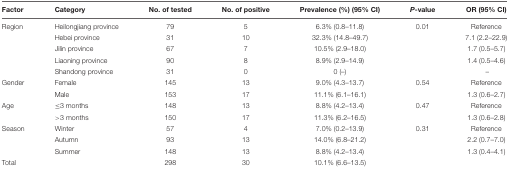
<table><thead><tr><td><b>Factor</b></td><td><b>Category</b></td><td><b>No. of tested</b></td><td><b>No. of positive</b></td><td><b>Prevalence (%) (95% CI)</b></td><td><b><i>P</i>-value</b></td><td><b>OR (95% CI)</b></td></tr></thead><tbody><tr><td>Region</td><td>Heilongjiang province</td><td>79</td><td>5</td><td>6.3% (0.8–11.8)</td><td>0.01</td><td>Reference</td></tr><tr><td></td><td>Hebei province</td><td>31</td><td>10</td><td>32.3% (14.8–49.7)</td><td></td><td>7.1 (2.2–22.9)</td></tr><tr><td></td><td>Jilin province</td><td>67</td><td>7</td><td>10.5% (2.9–18.0)</td><td></td><td>1.7 (0.5–5.7)</td></tr><tr><td></td><td>Liaoning province</td><td>90</td><td>8</td><td>8.9% (2.9–14.9)</td><td></td><td>1.4 (0.5–4.6)</td></tr><tr><td></td><td>Shandong province</td><td>31</td><td>0</td><td>0 (–)</td><td></td><td>–</td></tr><tr><td>Gender</td><td>Female</td><td>145</td><td>13</td><td>9.0% (4.3–13.7)</td><td>0.54</td><td>Reference</td></tr><tr><td></td><td>Male</td><td>153</td><td>17</td><td>11.1% (6.1–16.1)</td><td></td><td>1.3 (0.6–2.7)</td></tr><tr><td>Age</td><td>≤3 months</td><td>148</td><td>13</td><td>8.8% (4.2–13.4)</td><td>0.47</td><td>Reference</td></tr><tr><td></td><td>&gt;3 months</td><td>150</td><td>17</td><td>11.3% (6.2–16.5)</td><td></td><td>1.3 (0.6–2.8)</td></tr><tr><td>Season</td><td>Winter</td><td>57</td><td>4</td><td>7.0% (0.2–13.9)</td><td>0.31</td><td>Reference</td></tr><tr><td></td><td>Autumn</td><td>93</td><td>13</td><td>14.0% (6.8–21.2)</td><td></td><td>2.2 (0.7–7.0)</td></tr><tr><td></td><td>Summer</td><td>148</td><td>13</td><td>8.8% (4.2–13.4)</td><td></td><td>1.3 (0.4–4.1)</td></tr><tr><td>Total</td><td></td><td>298</td><td>30</td><td>10.1% (6.6–13.5)</td><td></td><td></td></tr></tbody></table>